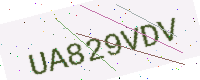
Text: UA829VDV